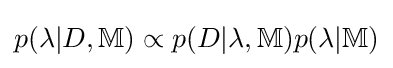
p(\lambda |D,\mathbb {M} )\propto p(D|\lambda ,\mathbb {M} )p(\lambda |\mathbb {M} )